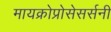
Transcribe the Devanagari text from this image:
मायक्रोप्रोसेसर्सनी